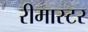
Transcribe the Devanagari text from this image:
रीमास्टर